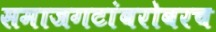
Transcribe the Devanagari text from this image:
समाजगटांबरोबरच